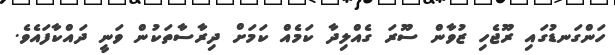
ހަންގަނޑުގައި ރޫޖެހި ޒުވާން ސޫރަ ގެއްލިދާ ކަމެއް ކަމަށް ދިރާސާތަކުން ވަނީ ދައްކާފައެވެ.